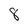
Character: 8